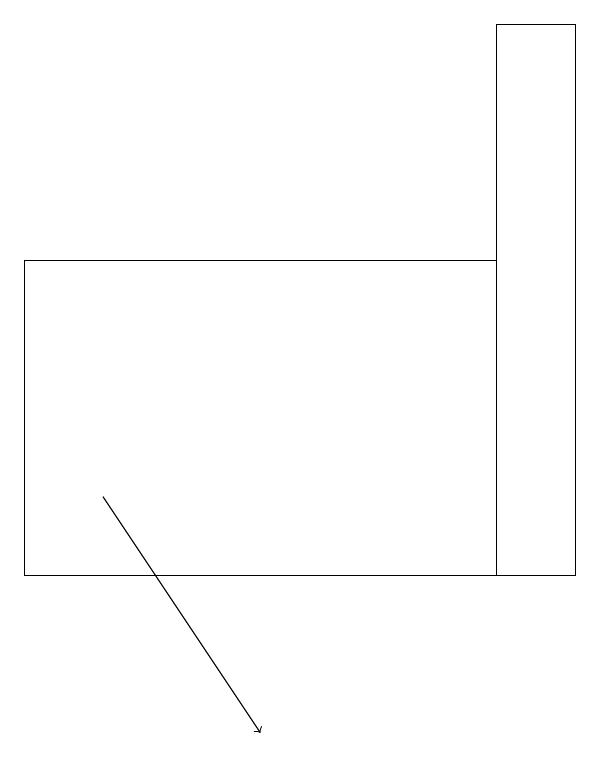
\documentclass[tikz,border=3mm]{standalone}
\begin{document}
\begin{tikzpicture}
\draw[->] (1,13) -- (3,10);
\draw (6,12) rectangle (0,16);
\draw (6,12) rectangle (7,19);
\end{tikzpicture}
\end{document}